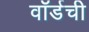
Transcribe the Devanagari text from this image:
वॉर्डची